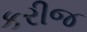
કરીજ